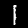
Digit: 1